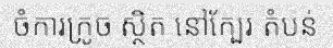
ចំការក្រូច ស្ថិត នៅក្បែរ តំបន់